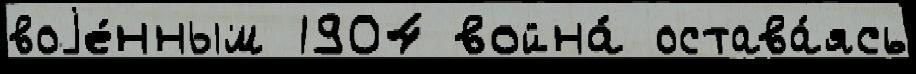
воjе́нным 1904 война́ остава́ясь